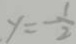
y = - \frac { 1 } { 2 }